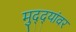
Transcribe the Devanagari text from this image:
मुद्‌द्‌यांवर